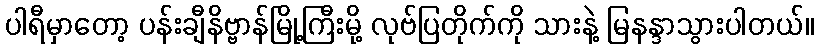
ပါရီမှာတော့ ပန်းချီနိဗ္ဗာန်မြို့ကြီးမို့ လုဗ်ပြတိုက်ကို သားနဲ့ မြနန္ဒာသွားပါတယ်။